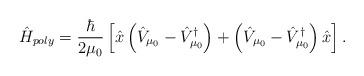
LaTeX: \begin{align*}\hat{H}_{poly}=\frac{\hbar}{2\mu_{0}}\left[ \hat{x}\left(\hat{V}_{\mu_{0}}-\hat{V}_{\mu_{0}}^{\dagger}\right) +\left( \hat{V}_{\mu_{0}}-\hat{V}_{\mu_{0}}^{\dagger} \right)\hat{x} \right].\end{align*}